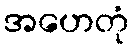
အဟေတုံ